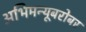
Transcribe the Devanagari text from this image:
अभिमन्यूबरोबर